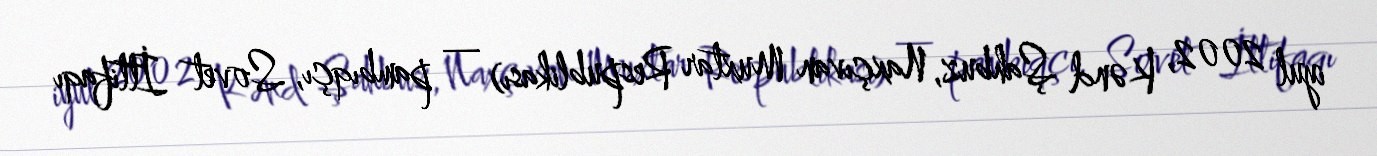
iyul 2002, Kənd Şahbuz, Naxçıvan Muxtar Respublikası) — pambıqçı, Sovet İttifaqı